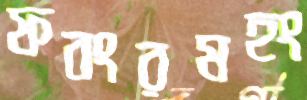
ফবংরমহং